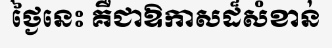
ថ្ងៃនេះ គឺជាឱកាសដ៏សំខាន់